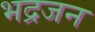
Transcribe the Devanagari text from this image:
भद्रजन